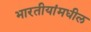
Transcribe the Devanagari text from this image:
भारतीयांमधील